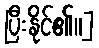
ပြီးနိုင်၏။]